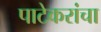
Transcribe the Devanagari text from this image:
पाटेकरांचा